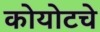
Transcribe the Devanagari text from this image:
कोयोटचे